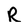
Character: R